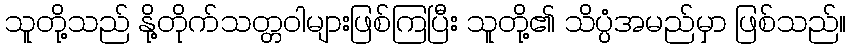
သူတို့သည် နို့တိုက်သတ္တဝါများဖြစ်ကြပြီး သူတို့၏ သိပ္ပံအမည်မှာ ဖြစ်သည်။